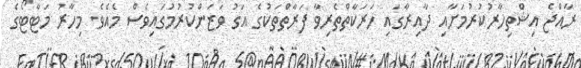
ރާއްޖެ އިޝްތިހާރުކުރުމަށާއި ދާއިރާގައި ހަރަކާތްތެރިވާ ފަރާތްތަކުގެ އަގު ވަޒަންކުރުމުގައިވެސް މެއެވެ. މިހާރު މަޓާޓޯގެ